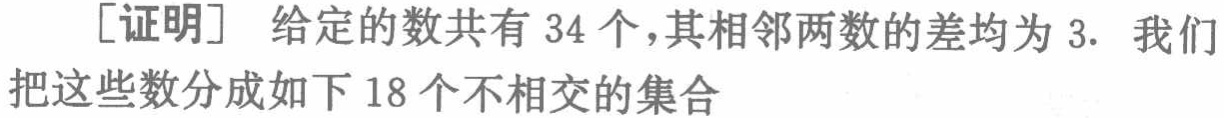
[证明] 给定的数共有 34 个,其相邻两数的差均为 3. 我们把这些数分成如下 18 个不相交的集合